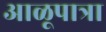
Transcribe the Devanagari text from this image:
आळूपात्रा